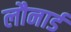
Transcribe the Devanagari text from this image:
लौनार्ड